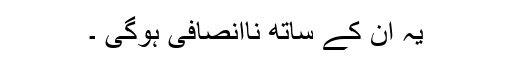
یہ ان کے ساتھ ناانصافی ہوگی ۔